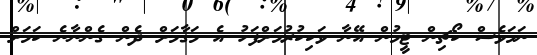
ނަމަވެސް ކޯޗިން ޓީމުން އޭނާ ވަކިކުރުމަށްފަހު އެ މަގާމަށް ދެން ގެންނާނެ ކަމަށް